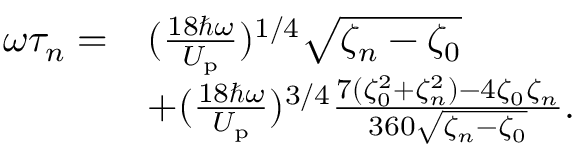
\begin{array} { r l } { \omega \tau _ { n } = } & { ( \frac { 1 8 \hbar \omega } { U _ { \mathrm { p } } } ) ^ { 1 / 4 } { \sqrt { \zeta _ { n } - \zeta _ { 0 } } } } \\ & { + ( \frac { 1 8 \hbar \omega } { U _ { \mathrm { p } } } ) ^ { 3 / 4 } \frac { 7 ( \zeta _ { 0 } ^ { 2 } + \zeta _ { n } ^ { 2 } ) - 4 \zeta _ { 0 } \zeta _ { n } } { 3 6 0 \sqrt { \zeta _ { n } - \zeta _ { 0 } } } . } \end{array}